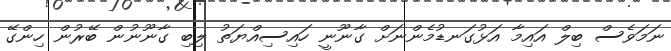
ނަމަވެސް ބިލް އައިމާ އަޅުގަނޑުމެންނަށް ގާނޫނީ ހައިސިއްޔަތު ލިބި ގާނޫނުން ބޭރުން ހިންގޭ